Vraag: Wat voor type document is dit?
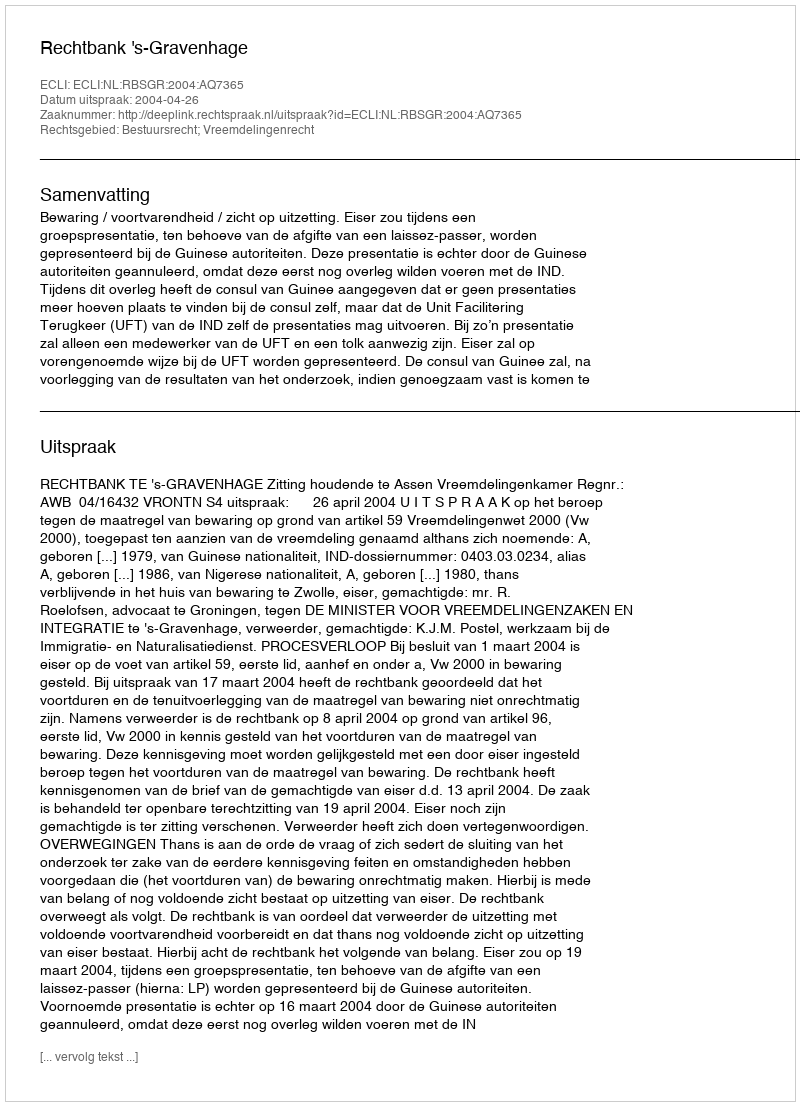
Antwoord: Uitspraak